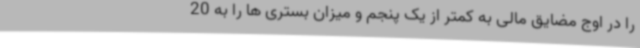
را در اوج مضایق مالی به کمتر از یک پنجم و میزان بستری ها را به 20